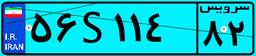
۳۳S۶۵۱۷۷